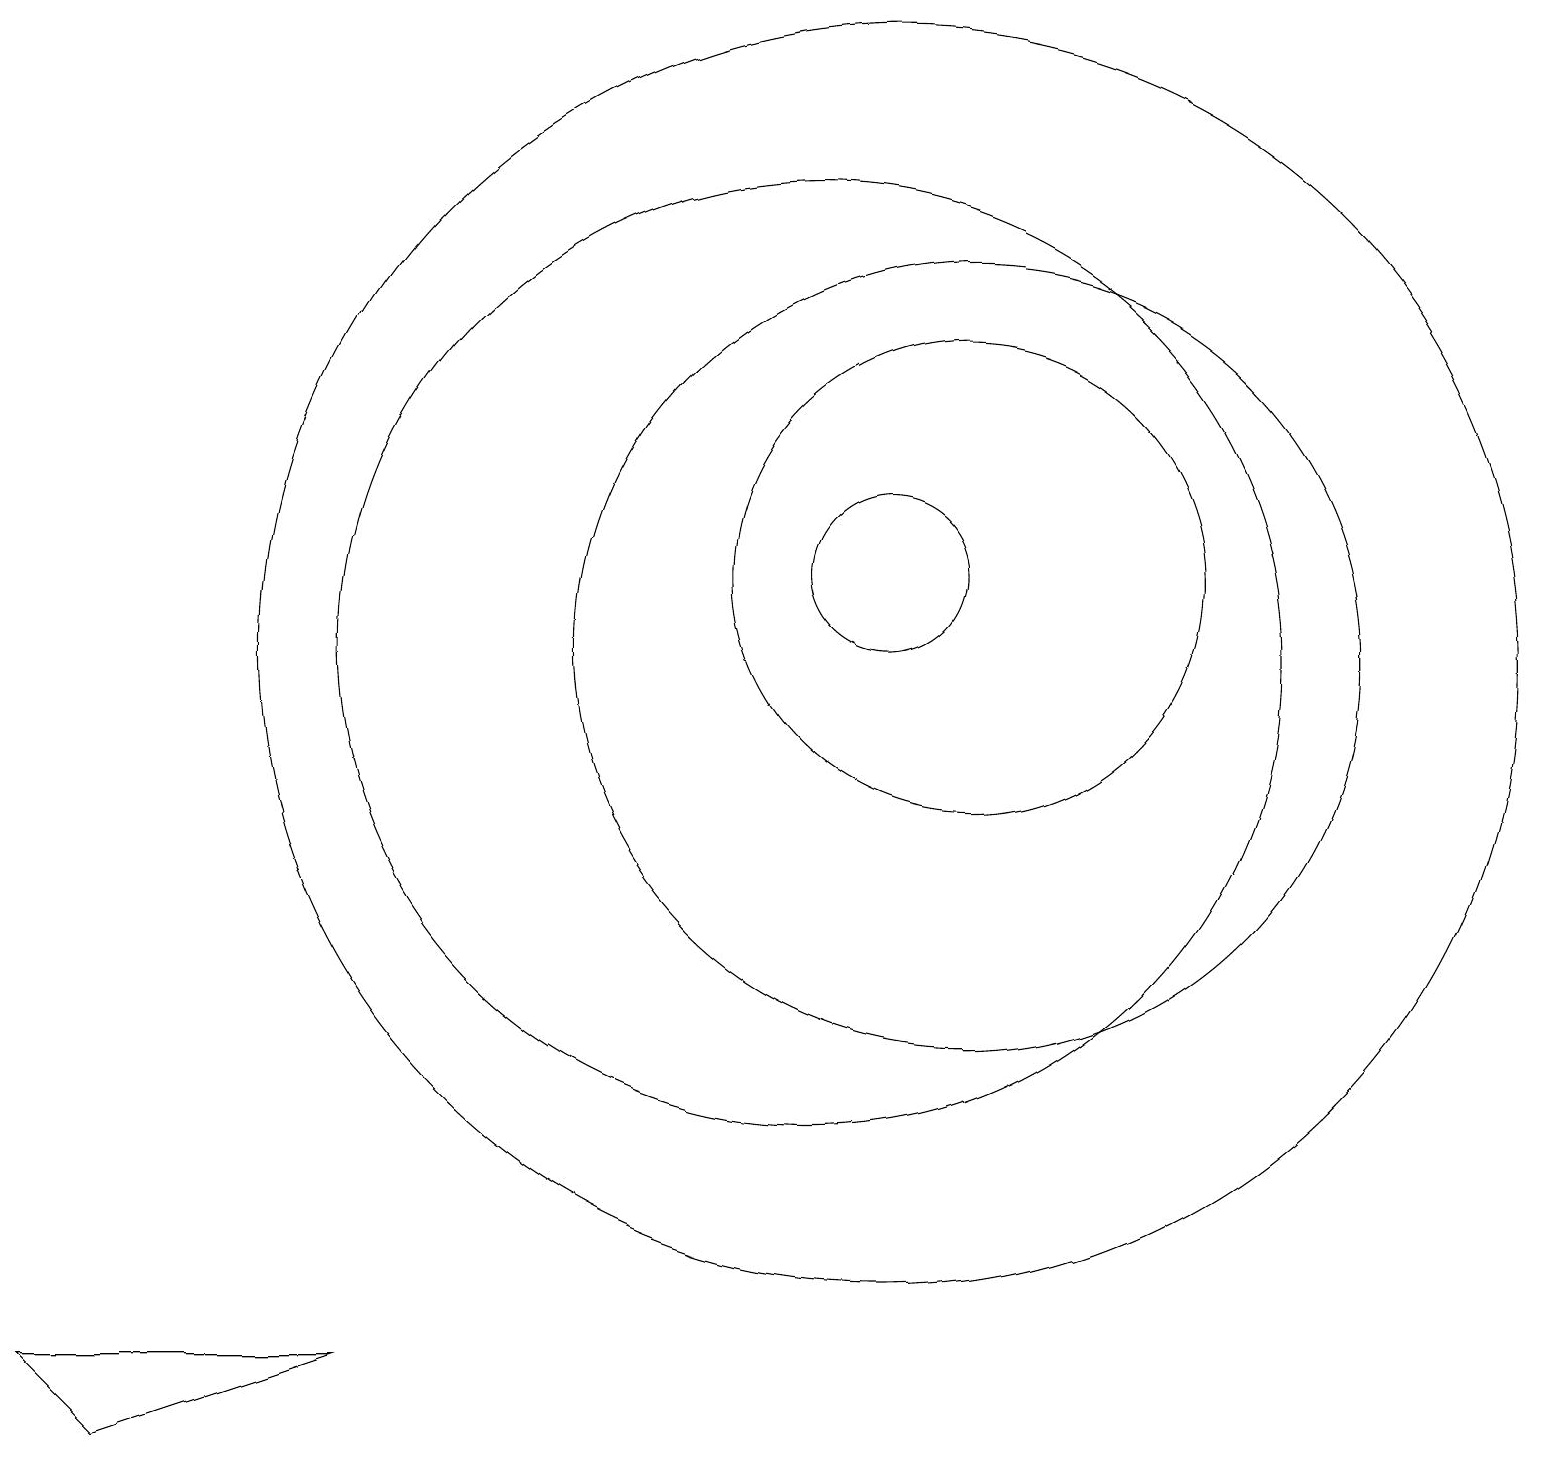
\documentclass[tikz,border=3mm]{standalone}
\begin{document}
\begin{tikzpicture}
\draw (12,12) circle (3);
\draw (11,12) circle (1);
\draw (12,11) circle (5);
\draw (10,11) circle (6);
\draw (11,11) circle (8);
\draw (11,10) circle (0);
\draw (0,2) -- (4,2) -- (1,1) -- cycle;
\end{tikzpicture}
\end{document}